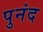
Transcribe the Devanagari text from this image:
पुनंद